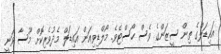
އައިޑަލްގެ ތިން ސީޒަންގެ ވެސް ހޯސްޓެވެ. މޯލްޑިވިއަން އައިޑަލް މެދުވެރިކޮށް މޫސާ ވަނީ